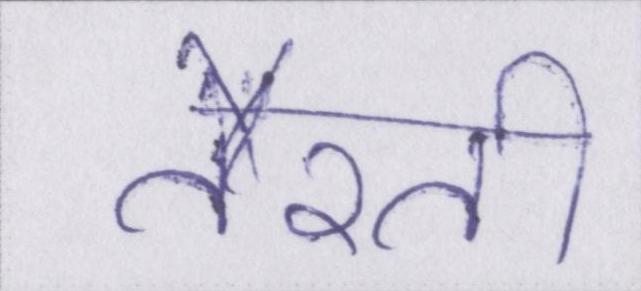
तैरती